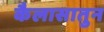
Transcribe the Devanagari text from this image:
कैलासातुन